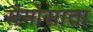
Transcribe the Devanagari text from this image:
सैमोसाता